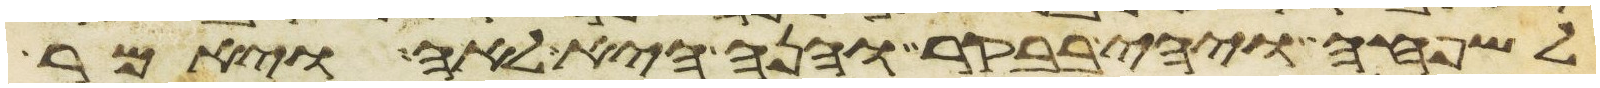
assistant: לשפחה ויהי בבקר והנה היא לאה ויאמר